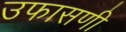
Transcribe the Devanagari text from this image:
उफासणी